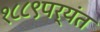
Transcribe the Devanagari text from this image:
१८८९पर्यंत